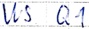
Text: WS Q1